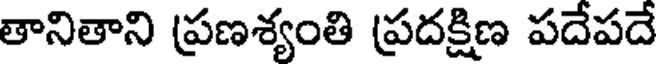
తానితాని ప్రణశ్యంతి ప్రదక్షిణ పదేపదే